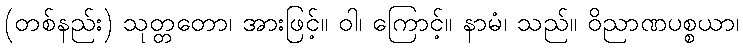
(တစ်နည်း) သုတ္တတော၊ အားဖြင့်။ ဝါ၊ ကြောင့်။ နာမံ၊ သည်။ ဝိညာဏပစ္စယာ၊